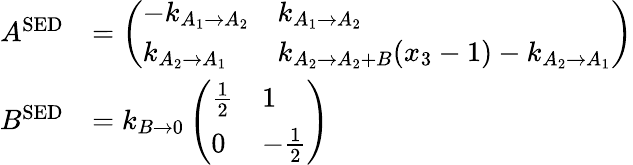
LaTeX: \begin{array}{rl}{A^{\mathrm{SED}}}&{=\left(\begin{array}{ll}{-k_{A_{1}\to A_{2}}}&{k_{A_{1}\to A_{2}}}\\ {k_{A_{2}\to A_{1}}}&{k_{A_{2}\to A_{2}+B}(x_{3}-1)-k_{A_{2}\to A_{1}}}\end{array}\right)}\\ {B^{\mathrm{SED}}}&{=k_{B\to 0}\left(\begin{array}{ll}{\frac{1}{2}}&{1}\\ {0}&{-\frac{1}{2}}\end{array}\right)}\end{array}